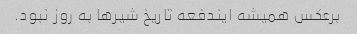
برعکس همیشه ایندفعه تاریخ شیرها به روز نبود.